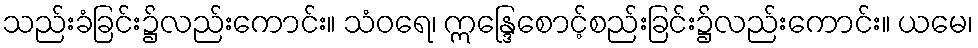
သည်းခံခြင်း၌လည်းကောင်း။ သံဝရေ၊ ဣန္ဒြေစောင့်စည်းခြင်း၌လည်းကောင်း။ ယမေ၊